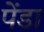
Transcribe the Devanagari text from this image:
पेंडा